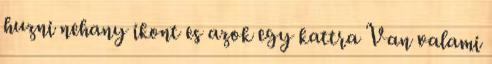
huzni nehany ikont es azok egy kattra Van valami